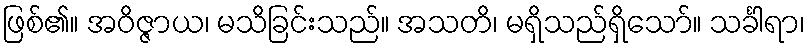
ဖြစ်၏။ အဝိဇ္ဇာယ၊ မသိခြင်းသည်။ အသတိ၊ မရှိသည်ရှိသော်။ သင်္ခါရာ၊